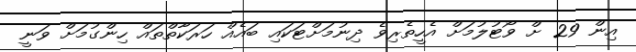
އިން 29 ށް ވޯޓުލުމަށް އެހީތެރިވެ ދިނުމަށްޓަކައި ބައެއް ހަރަކާތްތައް ހިންގުމަށް ވަނީ